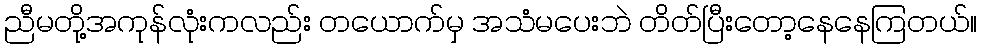
ညီမတို့အကုန်လုံးကလည်း တယောက်မှ အသံမပေးဘဲ တိတ်ပြီးတော့နေနေကြတယ်။